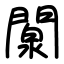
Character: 闎